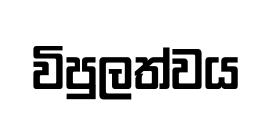
විපුලත්වය